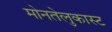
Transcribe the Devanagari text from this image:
मोनतेलुकास्ट